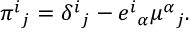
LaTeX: \pi ^ { i } { } _ { j } = \delta ^ { i } { } _ { j } - e ^ { i } { } _ { \alpha } \mu ^ { \alpha } { } _ { j } .